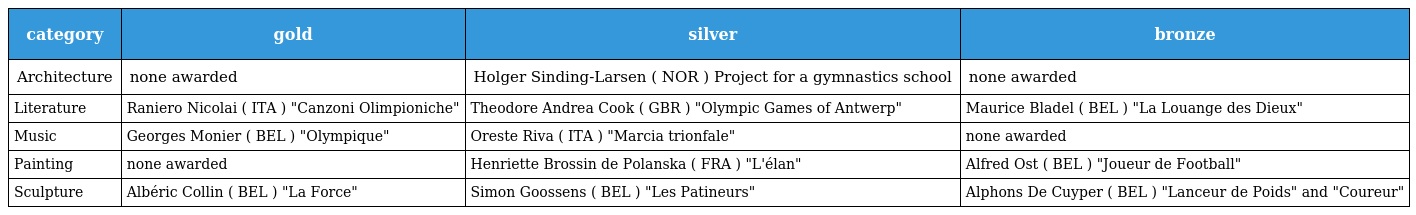
| category | gold | silver | bronze |
 | --- | --- | --- | --- |
 | Architecture | none awarded | Holger Sinding-Larsen ( NOR ) Project for a gymnastics school | none awarded |
 | Literature | Raniero Nicolai ( ITA ) "Canzoni Olimpioniche" | Theodore Andrea Cook ( GBR ) "Olympic Games of Antwerp" | Maurice Bladel ( BEL ) "La Louange des Dieux" |
 | Music | Georges Monier ( BEL ) "Olympique" | Oreste Riva ( ITA ) "Marcia trionfale" | none awarded |
 | Painting | none awarded | Henriette Brossin de Polanska ( FRA ) "L'élan" | Alfred Ost ( BEL ) "Joueur de Football" |
 | Sculpture | Albéric Collin ( BEL ) "La Force" | Simon Goossens ( BEL ) "Les Patineurs" | Alphons De Cuyper ( BEL ) "Lanceur de Poids" and "Coureur" |